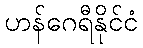
ဟန်ဂေရီနိုင်ငံ